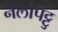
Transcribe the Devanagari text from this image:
नेलापट्टु